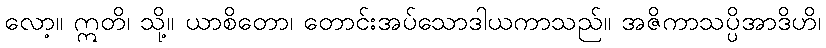
လော့။ ဣတိ၊ သို့။ ယာစိတော၊ တောင်းအပ်သောဒါယကာသည်။ အဇိကာသပ္ပိအာဒိဟိ၊